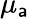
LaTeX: \mu_{\mathsf{a}}